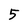
Character: 5